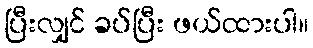
ပြီးလျှင် ခပ်ပြီး ဖယ်ထားပါ။